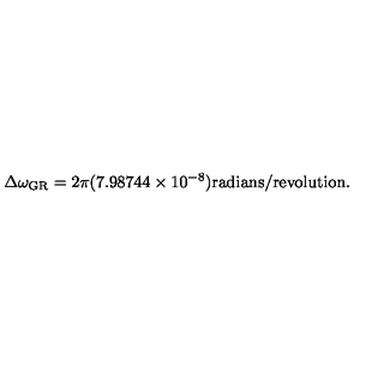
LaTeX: \Delta \omega _ { \mathrm { G R } } = 2 \pi ( 7 . 9 8 7 4 4 \times 1 0 ^ { - 8 } ) \mathrm { r a d i a n s / r e v o l u t i o n } .